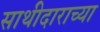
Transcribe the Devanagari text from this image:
साथीदाराच्या